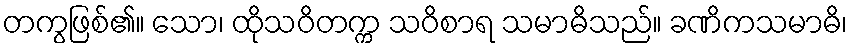
တကွဖြစ်၏။ သော၊ ထိုသဝိတက္က သဝိစာရ သမာဓိသည်။ ခဏိကသမာဓိ၊